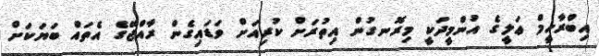
އިބްރާހީމް ޢަލީގެ އުންމީދަކީ މިރޮނގުން އިތުރަށް ކުރިއަށް ވަޑައިގެން ރާއްޖޭގެ އެތައް ބަޔަކަށް